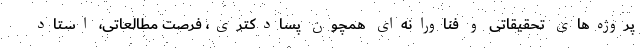
پروژه‌های تحقیقاتی و فناورانه‌ای همچون پسادکتری، فرصت مطالعاتی، استاد